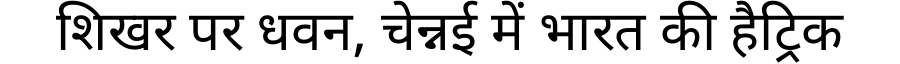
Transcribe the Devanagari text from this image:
शिखर पर धवन, चेन्नई में भारत की हैट्रिक